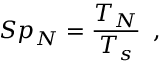
{ S p } _ { N } = \frac { T _ { N } } { T _ { s } } \, \mathrm { ~ , ~ }